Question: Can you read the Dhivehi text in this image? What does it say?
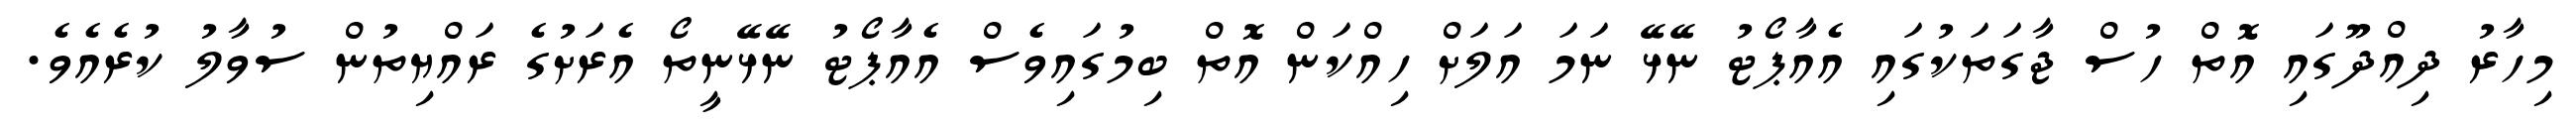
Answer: މިހާރު ދިއްދޫގައި އޮތް ހުސް ޖާގަތަކުގައި އެއާޕޯޓު ނޭޅޭ ނަމަ އަލަށް ހިއްކަން އޮތް ބިމުގައިވެސް އެއާޕޯޓު ނޭޅޭނީތޯ އެރަށުގެ ރައްޔިތުން ސުވާލު ކުރެއެވެ.